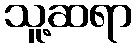
သူ့ဆရာ